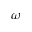
\omega